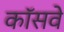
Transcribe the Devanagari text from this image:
कॉसवे